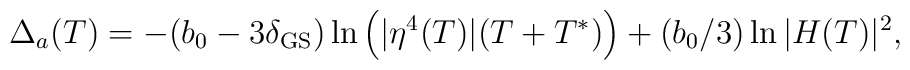
\Delta_a(T) = -(b_0-3\delta_{\rm GS}) \ln\left(|\eta^4(T)| (T+T^*)\right) 	+ (b_0/3) \ln |H(T)|^2,